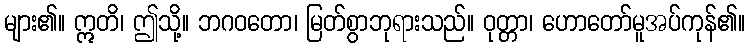
များ၏။ ဣတိ၊ ဤသို့။ ဘဂဝတော၊ မြတ်စွာဘုရားသည်။ ဝုတ္တာ၊ ဟောတော်မူအပ်ကုန်၏။